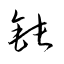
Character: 鈍